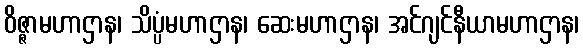
ဝိဇ္ဇာမဟာဌာန၊ သိပ္ပံမဟာဌာန၊ ဆေးမဟာဌာန၊ အင်ဂျင်နီယာမဟာဌာန၊